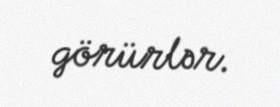
görürlər.